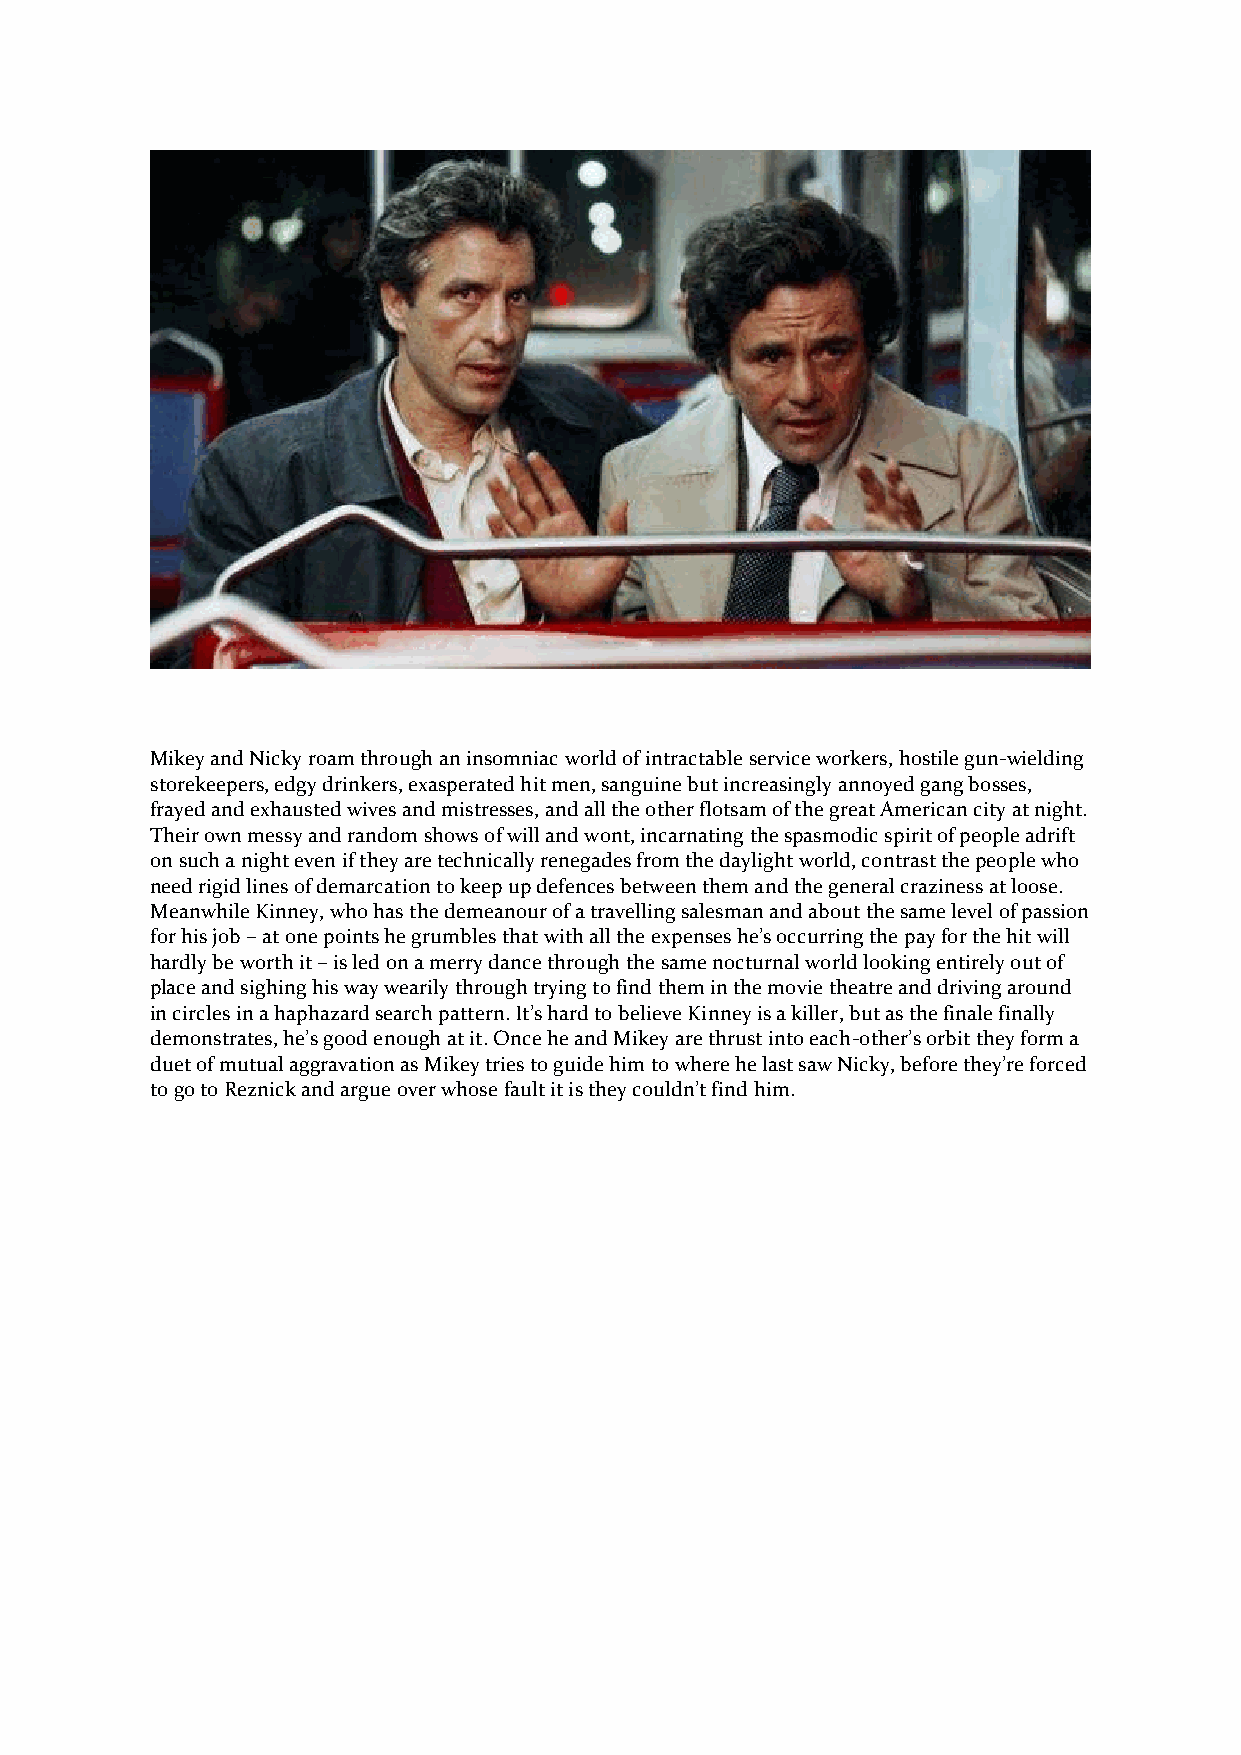
Mikey and Nicky roam through an insomniac world of intractable service workers, hostile gun-wielding
 storekeepers, edgy drinkers, exasperated hit men, sanguine but increasingly annoyed gang bosses,
 frayed and exhausted wives and mistresses, and all the other flotsam of the great American city at night.
 Their own messy and random shows of will and wont, incarnating the spasmodic spirit of people adrift
 on such a night even if they are technically renegades from the daylight world, contrast the people who
 need rigid lines of demarcation to keep up defences between them and the general craziness at loose.
 Meanwhile Kinney, who has the demeanour of a travelling salesman and about the same level of passion
 for his job – at one points he grumbles that with all the expenses he’s occurring the pay for the hit will
 hardly be worth it – is led on a merry dance through the same nocturnal world looking entirely out of
 place and sighing his way wearily through trying to find them in the movie theatre and driving around
 in circles in a haphazard search pattern. It’s hard to believe Kinney is a killer, but as the finale finally
 demonstrates, he’s good enough at it. Once he and Mikey are thrust into each-other’s orbit they form a
 duet of mutual aggravation as Mikey tries to guide him to where he last saw Nicky, before they’re forced
 to go to Reznick and argue over whose fault it is they couldn’t find him.